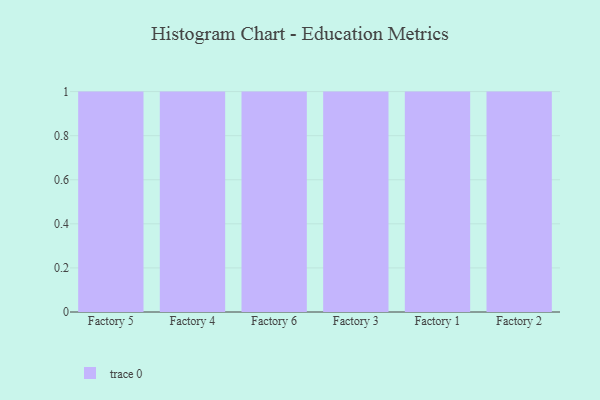
{"axis": {"x": "Factory", "y": "Tickets Resolved"}, "legend": [""], "data": [{"x": "Factory 5", "y": 88, "type": ""}, {"x": "Factory 4", "y": 18, "type": ""}, {"x": "Factory 6", "y": 27, "type": ""}, {"x": "Factory 3", "y": 95, "type": ""}, {"x": "Factory 1", "y": 72, "type": ""}, {"x": "Factory 2", "y": 88, "type": ""}]}